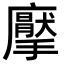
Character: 𭚋